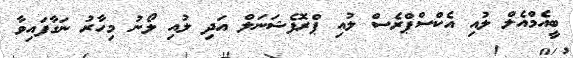
ބީއެމްއެލް ލުއި އެކްސްޕްރެސް ލުއި ޕްރޮފެޝަނަލް އަދި ލުއި ލޯނު މިހާރު ނަގާފައިވާ